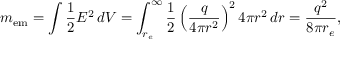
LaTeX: m _ { \mathrm { e m } } = \int { \frac { 1 } { 2 } } E ^ { 2 } \, d V = \int _ { r _ { e } } ^ { \infty } { \frac { 1 } { 2 } } \left( { \frac { q } { 4 \pi r ^ { 2 } } } \right) ^ { 2 } 4 \pi r ^ { 2 } \, d r = { \frac { q ^ { 2 } } { 8 \pi r _ { e } } } ,